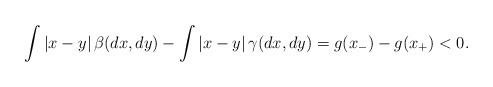
LaTeX: \begin{align*}\int \vert x-y\vert \,\beta(dx,dy) - \int \vert x-y\vert \,\gamma(dx,dy)= g(x_-)-g(x_+)<0.\end{align*}